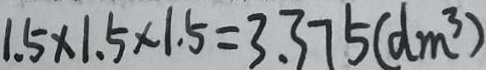
1 . 5 \times 1 . 5 \times 1 . 5 = 3 . 3 7 5 ( d m ^ { 3 } )